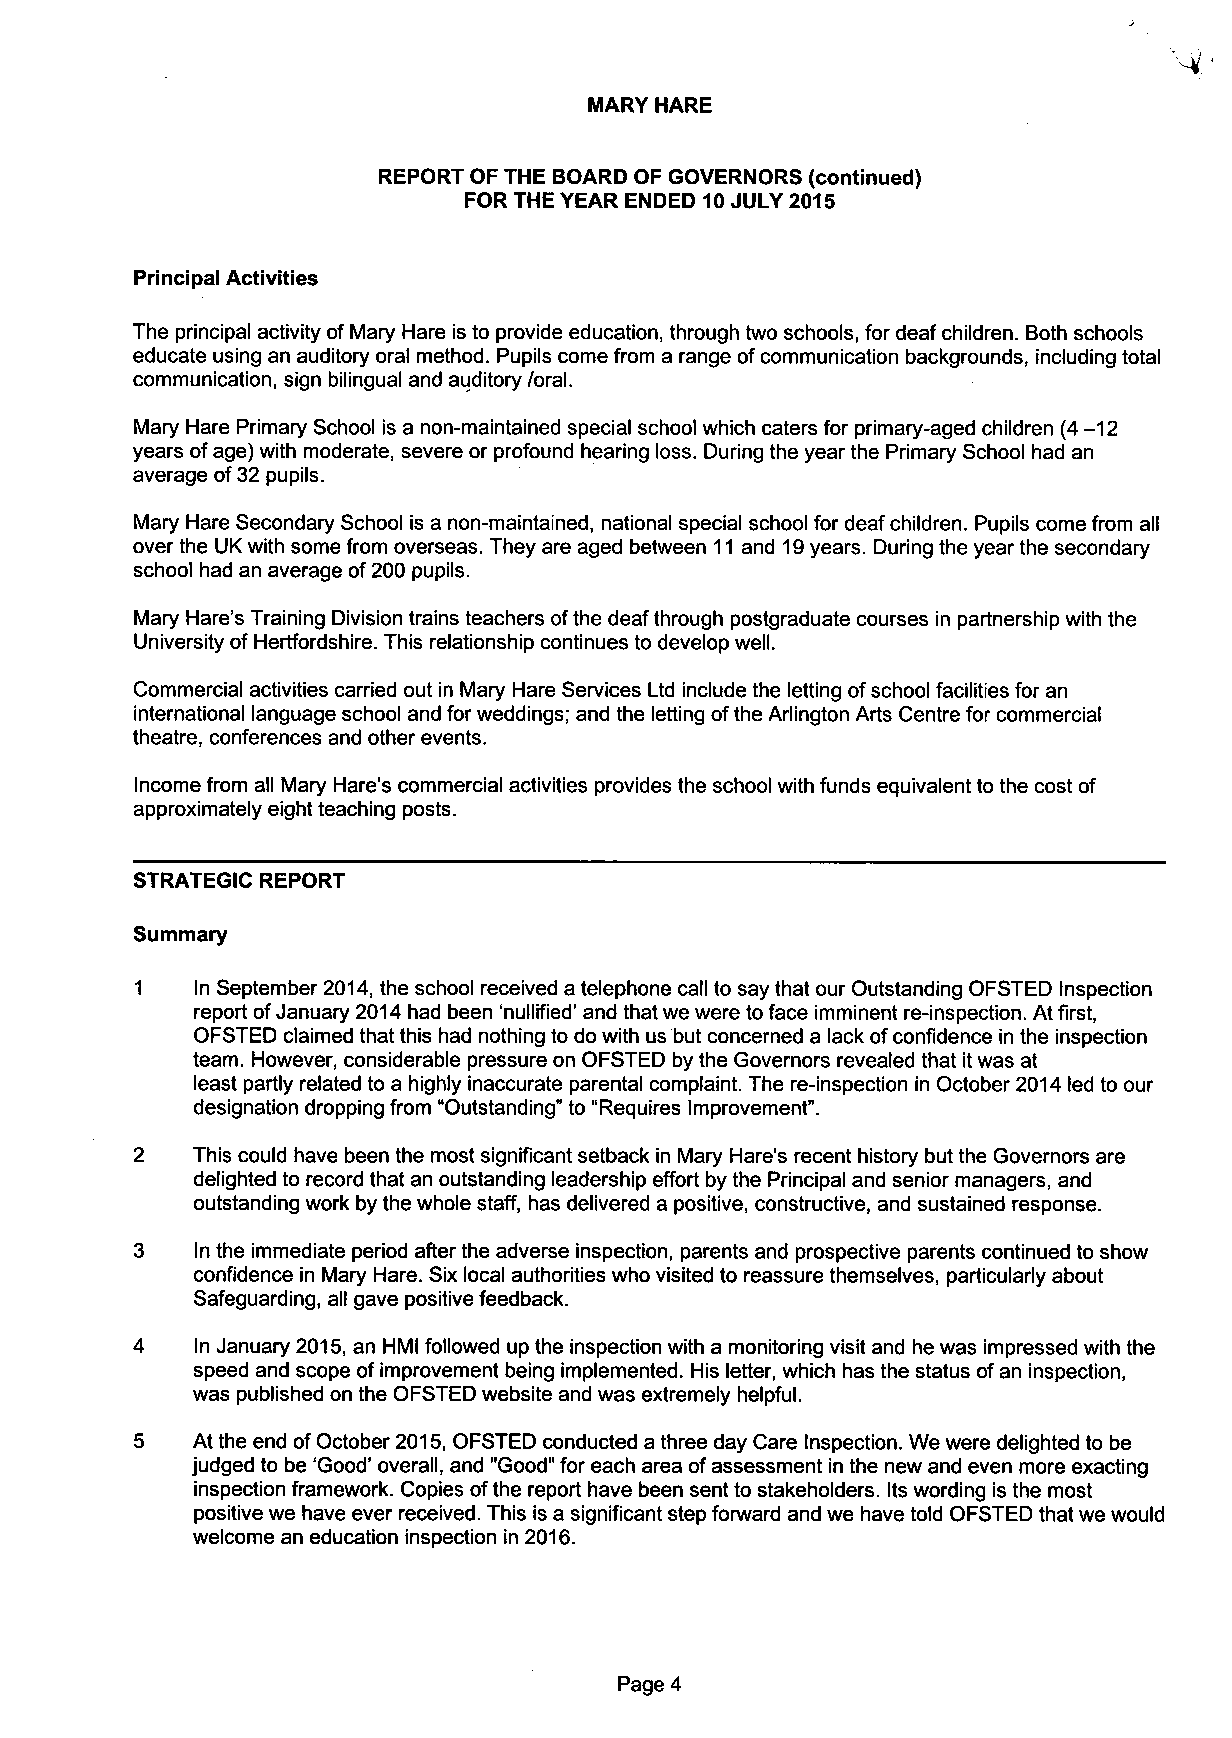
MARY HARE
 REPORT OF THE BOARD OF GOVERNORS (continued)
 FOR THE YEAR ENDED 10 JULY 2015
 Principal Activities
 The principal activity of Mary Hare is to provide education, through two schools, for deaf children. Both schools
 educate using an auditory oral method. Pupils come from a range of communication backgrounds, including total
 communication, sign bilingual and auditory /oral.
 Mary Hare Primary School is a non-maintained special school which caters for primary-aged children (4 -12
 years of age) with moderate, severe or profound hearing loss. During the year the Primary School had an
 average of 32 pupils.
 Mary Hare Secondary School is a non-maintained, national special school for deaf children. Pupils come from all
 over the UK with some from overseas. They are aged between 11 and 19 years. During the year the secondary
 school had an average of 200 pupils.
 Mary Hare's Training Division trains teachers of the deaf through postgraduate courses in partnership with the
 University of Hertfordshire. This relationship continues to develop well.
 Commercial activities carried out in Mary Hare Services Ltd include the letting of school facilities for an
 international language school and for weddings; and the letting of the Arlington Arts Centre for commercial
 theatre, conferences and other events.
 Income from all Mary Hare's commercial activities provides the school with funds equivalent to the cost of
 approximately eight teaching posts.
 STRATEGIC REPORT
 Summary
 1   In September 2014, the school received a telephone call to say that our Outstanding OFSTED Inspection
 report of January 2014 had been 'nullified' and that we were to face imminent re-inspection. At first,
 OFSTED claimed that this had nothing to do with us but concerned a lack of confidence in the inspection
 team. However, considerable pressure on OFSTED by the Governors revealed that it was at
 least partly related to a highly inaccurate parental complaint. The re-inspection in October 2014 led to our
 designation dropping from "Outstanding" to "Requires Improvement".
 2   This could have been the most significant setback in Mary Hare's recent history but the Governors are
 delighted to record that an outstanding leadership effort by the Principal and senior managers, and
 outstanding work by the whole staff, has delivered a positive, constructive, and sustained response.
 3   In the immediate period after the adverse inspection, parents and prospective parents continued to show
 confidence in Mary Hare. Six local authorities who visited to reassure themselves, particularly about
 Safeguarding, all gave positive feedback.
 4   In January 2015, an HMI followed up the inspection with a monitoring visit and he was impressed with the
 speed and scope of improvement being implemented. His letter, which has the status of an inspection,
 was published on the OFSTED website and was extremely helpful.
 5   At the end of October 2015, OFSTED conducted a three day Care Inspection. We were delighted to be
 judged to be 'Good' overall, and "Good" for each area of assessment in the new and even more exacting
 inspection framework. Copies of the report have been sent to stakeholders. Its wording is the most
 positive we have ever received. This is a significant step forward and we have told OFSTED that we would
 welcome an education inspection in 2016.
 Page 4